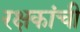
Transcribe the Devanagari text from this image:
रक्षकांची